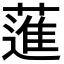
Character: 𦻗